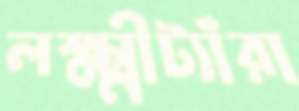
লক্ষ্মীট্যাঁরা